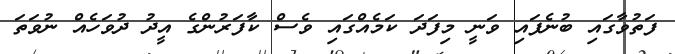
ފަތުވާގައި ބުނެފައި ވަނީ މިފަދަ ކަމެއްގައި ވެސް ކާފަރުންގެ އީދު ދުވަހެއް ނުވަތަ